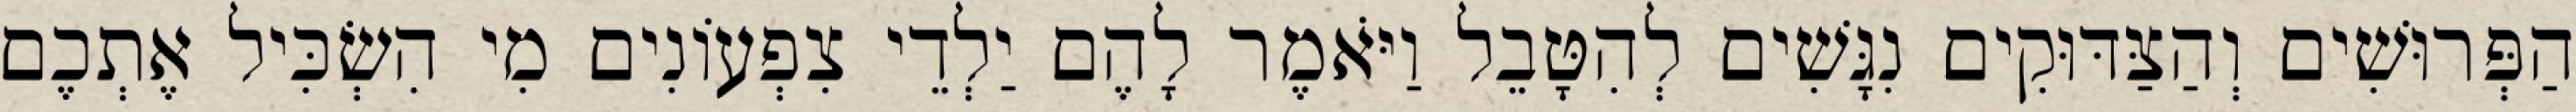
הַפְּרוּשִׁים וְהַצַּדּוּקִים נִגָּשִׁים לְהִטָּבֵל וַיֹּאמֶר לָהֶם יַלְדֵי צִפְעוֹנִים מִי הִשְׂכִּיל אֶתְכֶם